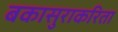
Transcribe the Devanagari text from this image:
बकासुराकरिता